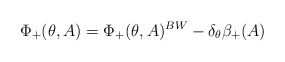
\begin{align*}\Phi_+(\theta ,A)=\Phi_+(\theta ,A)^{BW}-\delta_\theta\beta_+(A)\end{align*}